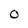
Character: o